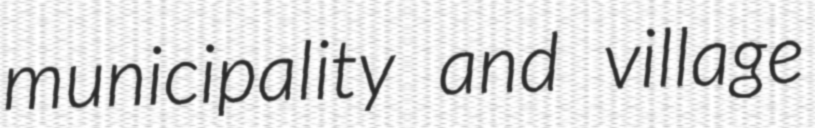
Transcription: municipality and village